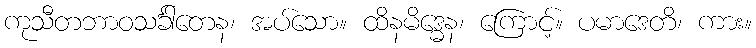
ကုသီတဘာဝသင်္ခါတေန၊ အပ်သော။ ထိနမိဒ္ဓေန၊ ကြောင့်။ ပမာဒေတိ၊ ကား။